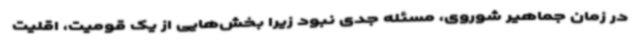
در زمان جماهیر شوروی، مسئله جدی نبود زیرا بخش‌هایی از یک قومیت، اقلیت